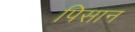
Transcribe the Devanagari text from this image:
पिसान